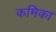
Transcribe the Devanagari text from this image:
कमिका